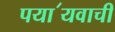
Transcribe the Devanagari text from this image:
पया॔यवाची